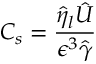
C _ { s } = \frac { \hat { \eta } _ { l } \hat { U } } { \epsilon ^ { 3 } \hat { \gamma } }